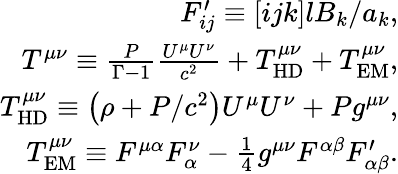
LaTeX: \begin{array}{r}{F_{ij}^{\prime}\equiv[ijk]lB_{k}/a_{k},}\\ {T^{\mu\nu}\equiv\frac{P}{\Gamma-1}\frac{U^{\mu}U^{\nu}}{c^{2}}+T_{\mathrm{HD}}^{\mu\nu}+T_{\mathrm{EM}}^{\mu\nu},}\\ {T_{\mathrm{HD}}^{\mu\nu}\equiv\left(\rho+P/c^{2}\right)U^{\mu}U^{\nu}+Pg^{\mu\nu},}\\ {T_{\mathrm{EM}}^{\mu\nu}\equiv F^{\mu\alpha}F_{\alpha}^{\nu}-\frac{1}{4}g^{\mu\nu}F^{\alpha\beta}F_{\alpha\beta}^{\prime}.}\end{array}